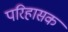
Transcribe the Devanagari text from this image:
परिहासक